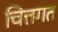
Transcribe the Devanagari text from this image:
चित्तगत